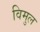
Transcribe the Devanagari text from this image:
विमुल